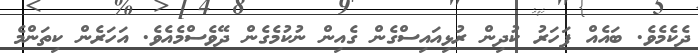
ދެކެމެވެ. ބައެއް ފަހަރު ކުދިން ރުޅިއައިސްގެން ގެއިން ނުކުމެގެން ދޭވެސްމެއެވެ. އަހަރެން ކިތަންމެ